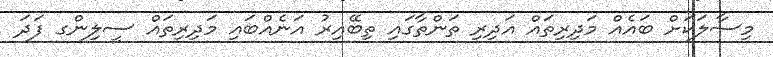
މިސާލަކަށް ބައެއް މަދިރިތައް އަދިރި ތަންތާގައި ތިބޭއިރު އަނެއްބައި މަދިރިތައް ސީލިންގ ފަދަ